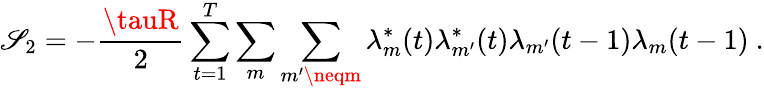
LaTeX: \mathscr{S}_{2}=-\frac{{\tauR}}{{2}}\sum_{t=1}^{T}\sum_{m}\sum_{m^{\prime}\neqm}\lambda_{m}^{*}(t)\lambda_{m^{\prime}}^{*}(t)\lambda_{m^{\prime}}(t-1)\lambda_{m}(t-1)\ .